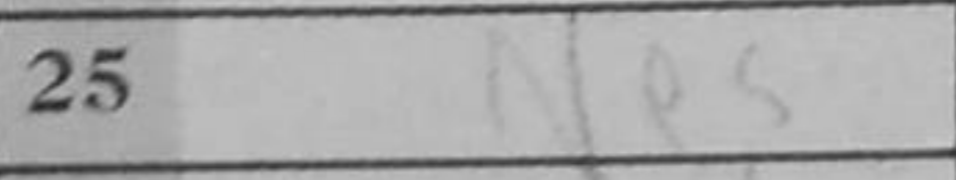
Transcription: Ne5